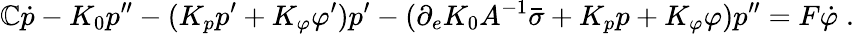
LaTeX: \mathbb{C}\dot{{p}}-K_{0}p^{\prime\prime}-(K_{p}p^{\prime}+K_{\varphi}\varphi^{\prime})p^{\prime}-(\partial_{e}K_{0}A^{-1}\bar{{\sigma}}+K_{p}p+K_{\varphi}\varphi)p^{\prime\prime}=F\dot{{\varphi}}\; .